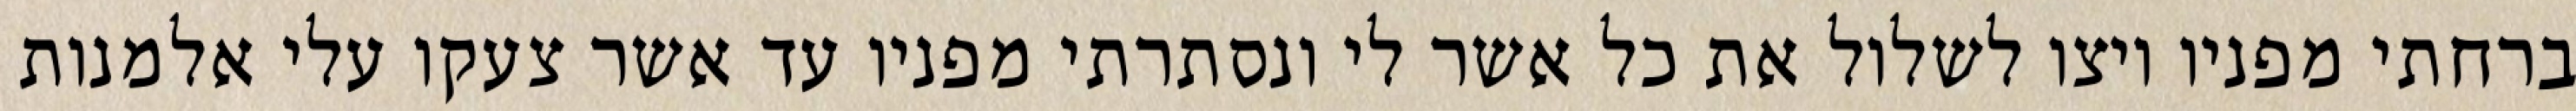
ברחתי מפניו ויצו לשלול את כל אשר לי ונסתרתי מפניו עד אשר צעקו עלי אלמנות